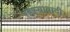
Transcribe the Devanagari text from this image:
रहस्यावादी